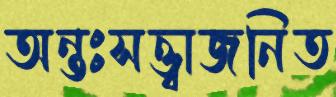
অন্তঃসত্ত্বাজনিত